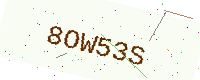
Text: 8OW53S